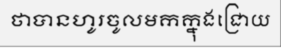
ថាបានហូរចូលមកក្នុងជ្រោយ